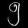
Digit: ၅